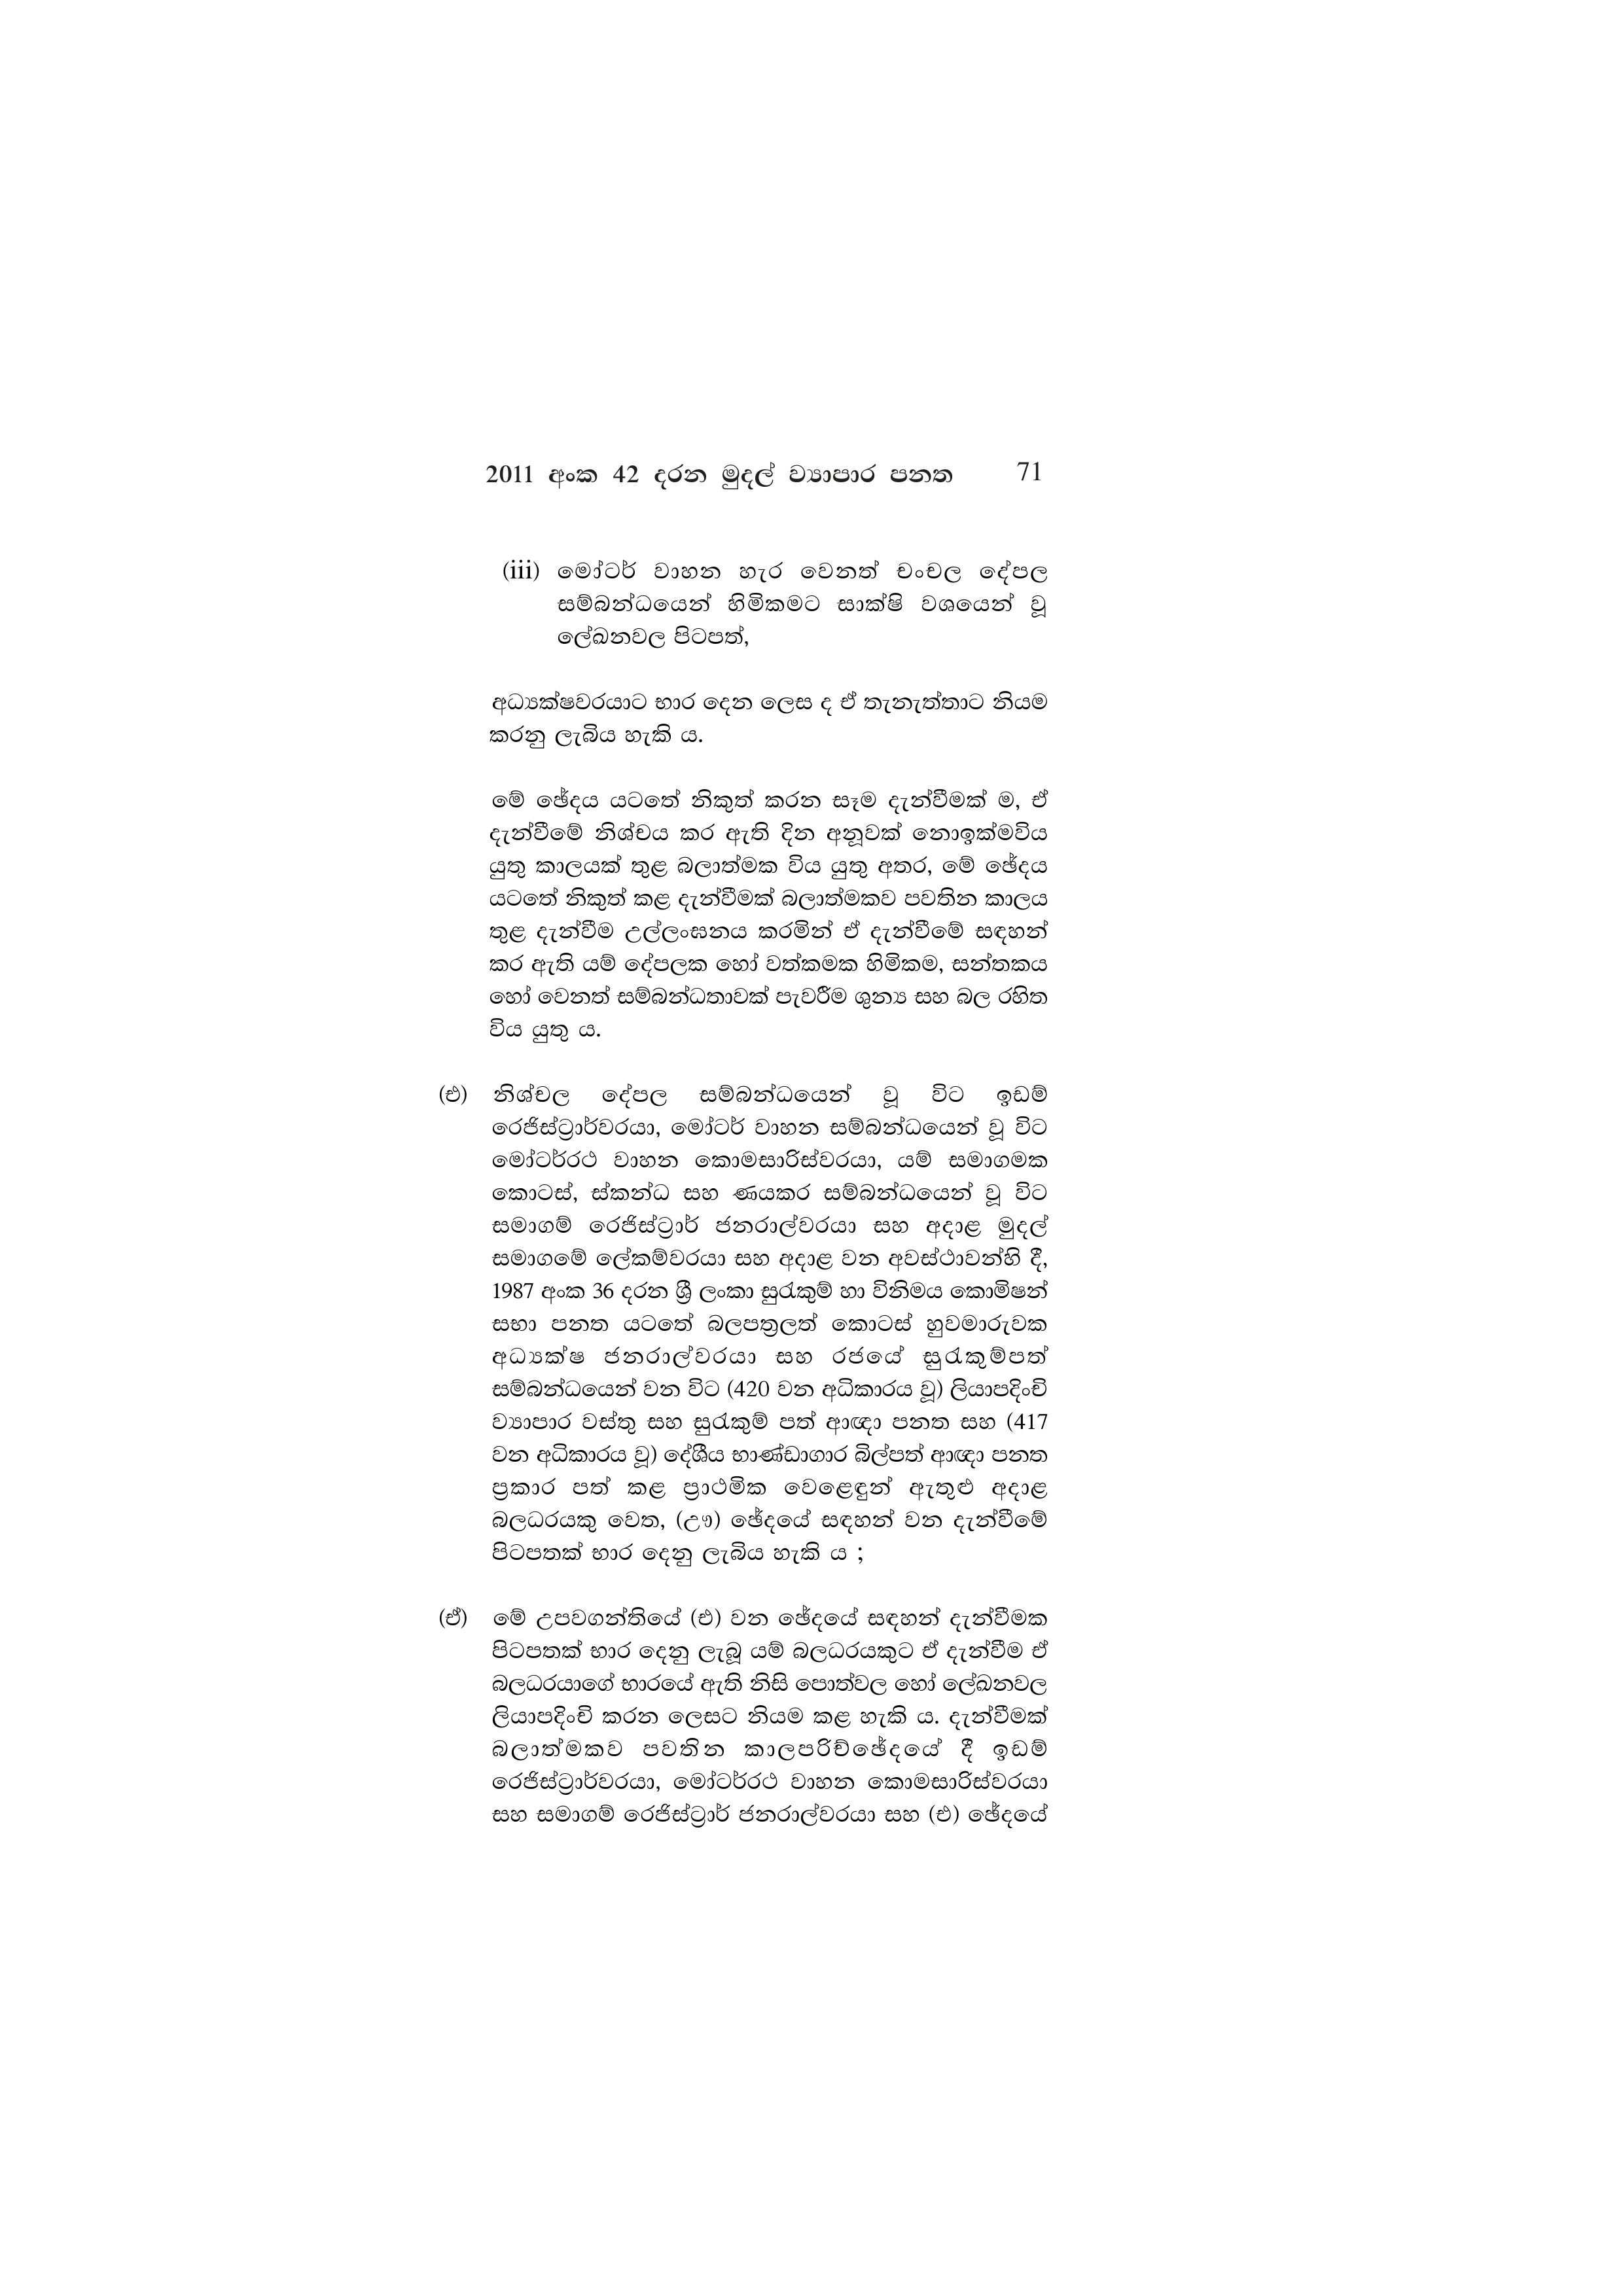
2011 අංක 42 දරන මුදල් ව්‍යාපාර පනත 71

(iii) මෝටර් වාහන හැර වෙනත් චංචල දේපල
සම්බන්ධයෙන් හිමිකමට සාක්ෂි වශයෙන් වූ
ලේඛනවල පිටපත්,

අධ්‍යක්ෂවරයාට භාර දෙන ලෙස ද ඒ තැනැත්තාට නියම
කරනු ලැබිය හැකි ය.

මේ ඡේදය යටතේ නිකුත් කරන සෑම දැන්වීමක් ම, ඒ
දැන්වීමේ නිශ්චය කර ඇති දින අනූවක් නොඉක්මවිය
යුතු කාලයක් තුළ බලාත්මක විය යුතු අතර, මේ ඡේදය
යටතේ නිකුත් කළ දැන්වීමක් බලාත්මකව පවතින කාලය
තුළ දැන්වීම උල්ලංඝනය කරමින් ඒ දැන්වීමේ සඳහන්
කර ඇති යම් දේපලක හෝ වත්කමක හිමිකම, සන්තකය
හෝ වෙනත් සම්බන්ධතාවක් පැවරීම ශුන්‍ය සහ බල රහිත
විය යුතු ය.

(එ) නිශ්චල දේපල සම්බන්ධයෙන් වූ විට ඉඩම්
රෙජිස්ට්‍රාර්වරයා, මෝටර් වාහන සම්බන්ධයෙන් වූ විට
මෝටර්රථ වාහන කොමසාරිස්වරයා, යම් සමාගමක
කොටස්, ස්කන්ධ සහ ණයකර සම්බන්ධයෙන් වූ විට
සමාගම් රෙජිස්ට්‍රාර් ජනරාල්වරයා සහ අදාළ මුදල්
සමාගමේ ලේකම්වරයා සහ අදාළ වන අවස්ථාවන්හි දී,
1987 අංක 36 දරන ශ්‍රී ලංකා සුරැකුම් හා විනිමය කොමිෂන්
සභා පනත යටතේ බලපත්‍රලත් කොටස් හුවමාරුවක
අධ්‍යක්ෂ ජනරාල්වරයා සහ රජයේ සුරැකුම්පත්
සම්බන්ධයෙන් වන විට (420 වන අධිකාරය වූ) ලියාපදිංචි
ව්‍යාපාර වස්තු සහ සුරැකුම් පත් ආඥා පනත සහ (417
වන අධිකාරය වූ) දේශීය භාණ්ඩාගාර බිල්පත් ආඥා පනත
ප්‍රකාර පත් කළ ප්‍රාථමික වෙළෙඳුන් ඇතුළු අදාළ
බලධරයකු වෙත, (ඌ) ඡේදයේ සඳහන් වන දැන්වීමේ
පිටපතක් භාර දෙනු ලැබිය හැකි ය ;

(ඒ) මේ උපවගන්තියේ (එ) වන ඡේදයේ සඳහන් දැන්වීමක
පිටපතක් භාර දෙනු ලැබූ යම් බලධරයකුට ඒ දැන්වීම ඒ
බලධරයාගේ භාරයේ ඇති නිසි පොත්වල හෝ ලේඛනවල
ලියාපදිංචි කරන ලෙසට නියම කළ හැකි ය. දැන්වීමක්
බලාත්මකව පවතින කාලපරිච්ඡේදයේ දී ඉඩම්
රෙජිස්ට්‍රාර්වරයා, මෝටර්රථ වාහන කොමසාරිස්වරයා
සහ සමාගම් රෙජිස්ට්‍රාර් ජනරාල්වරයා සහ (එ) ඡේදයේ